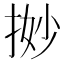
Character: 𢭼